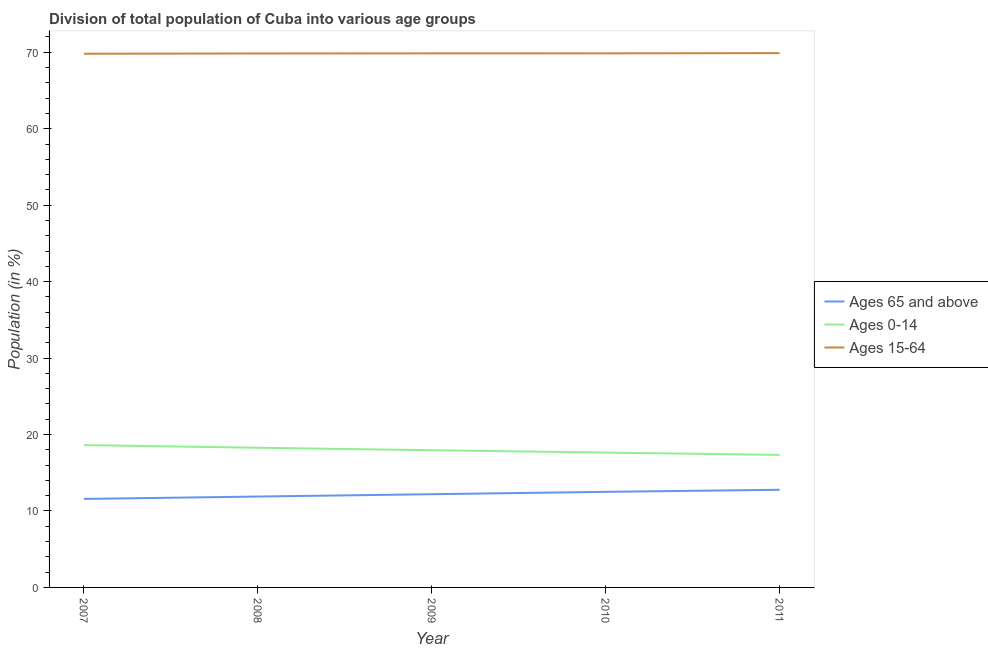
| Year | Ages 65 and above | Ages 0-14 | Ages 15-64 |
 | --- | --- | --- | --- |
 | 2007 | 11.6 | 18.6 | 69.8 |
 | 2008 | 11.9 | 18.3 | 69.8 |
 | 2009 | 12.2 | 17.9 | 69.9 |
 | 2010 | 12.5 | 17.6 | 69.9 |
 | 2011 | 12.8 | 17.3 | 69.9 |